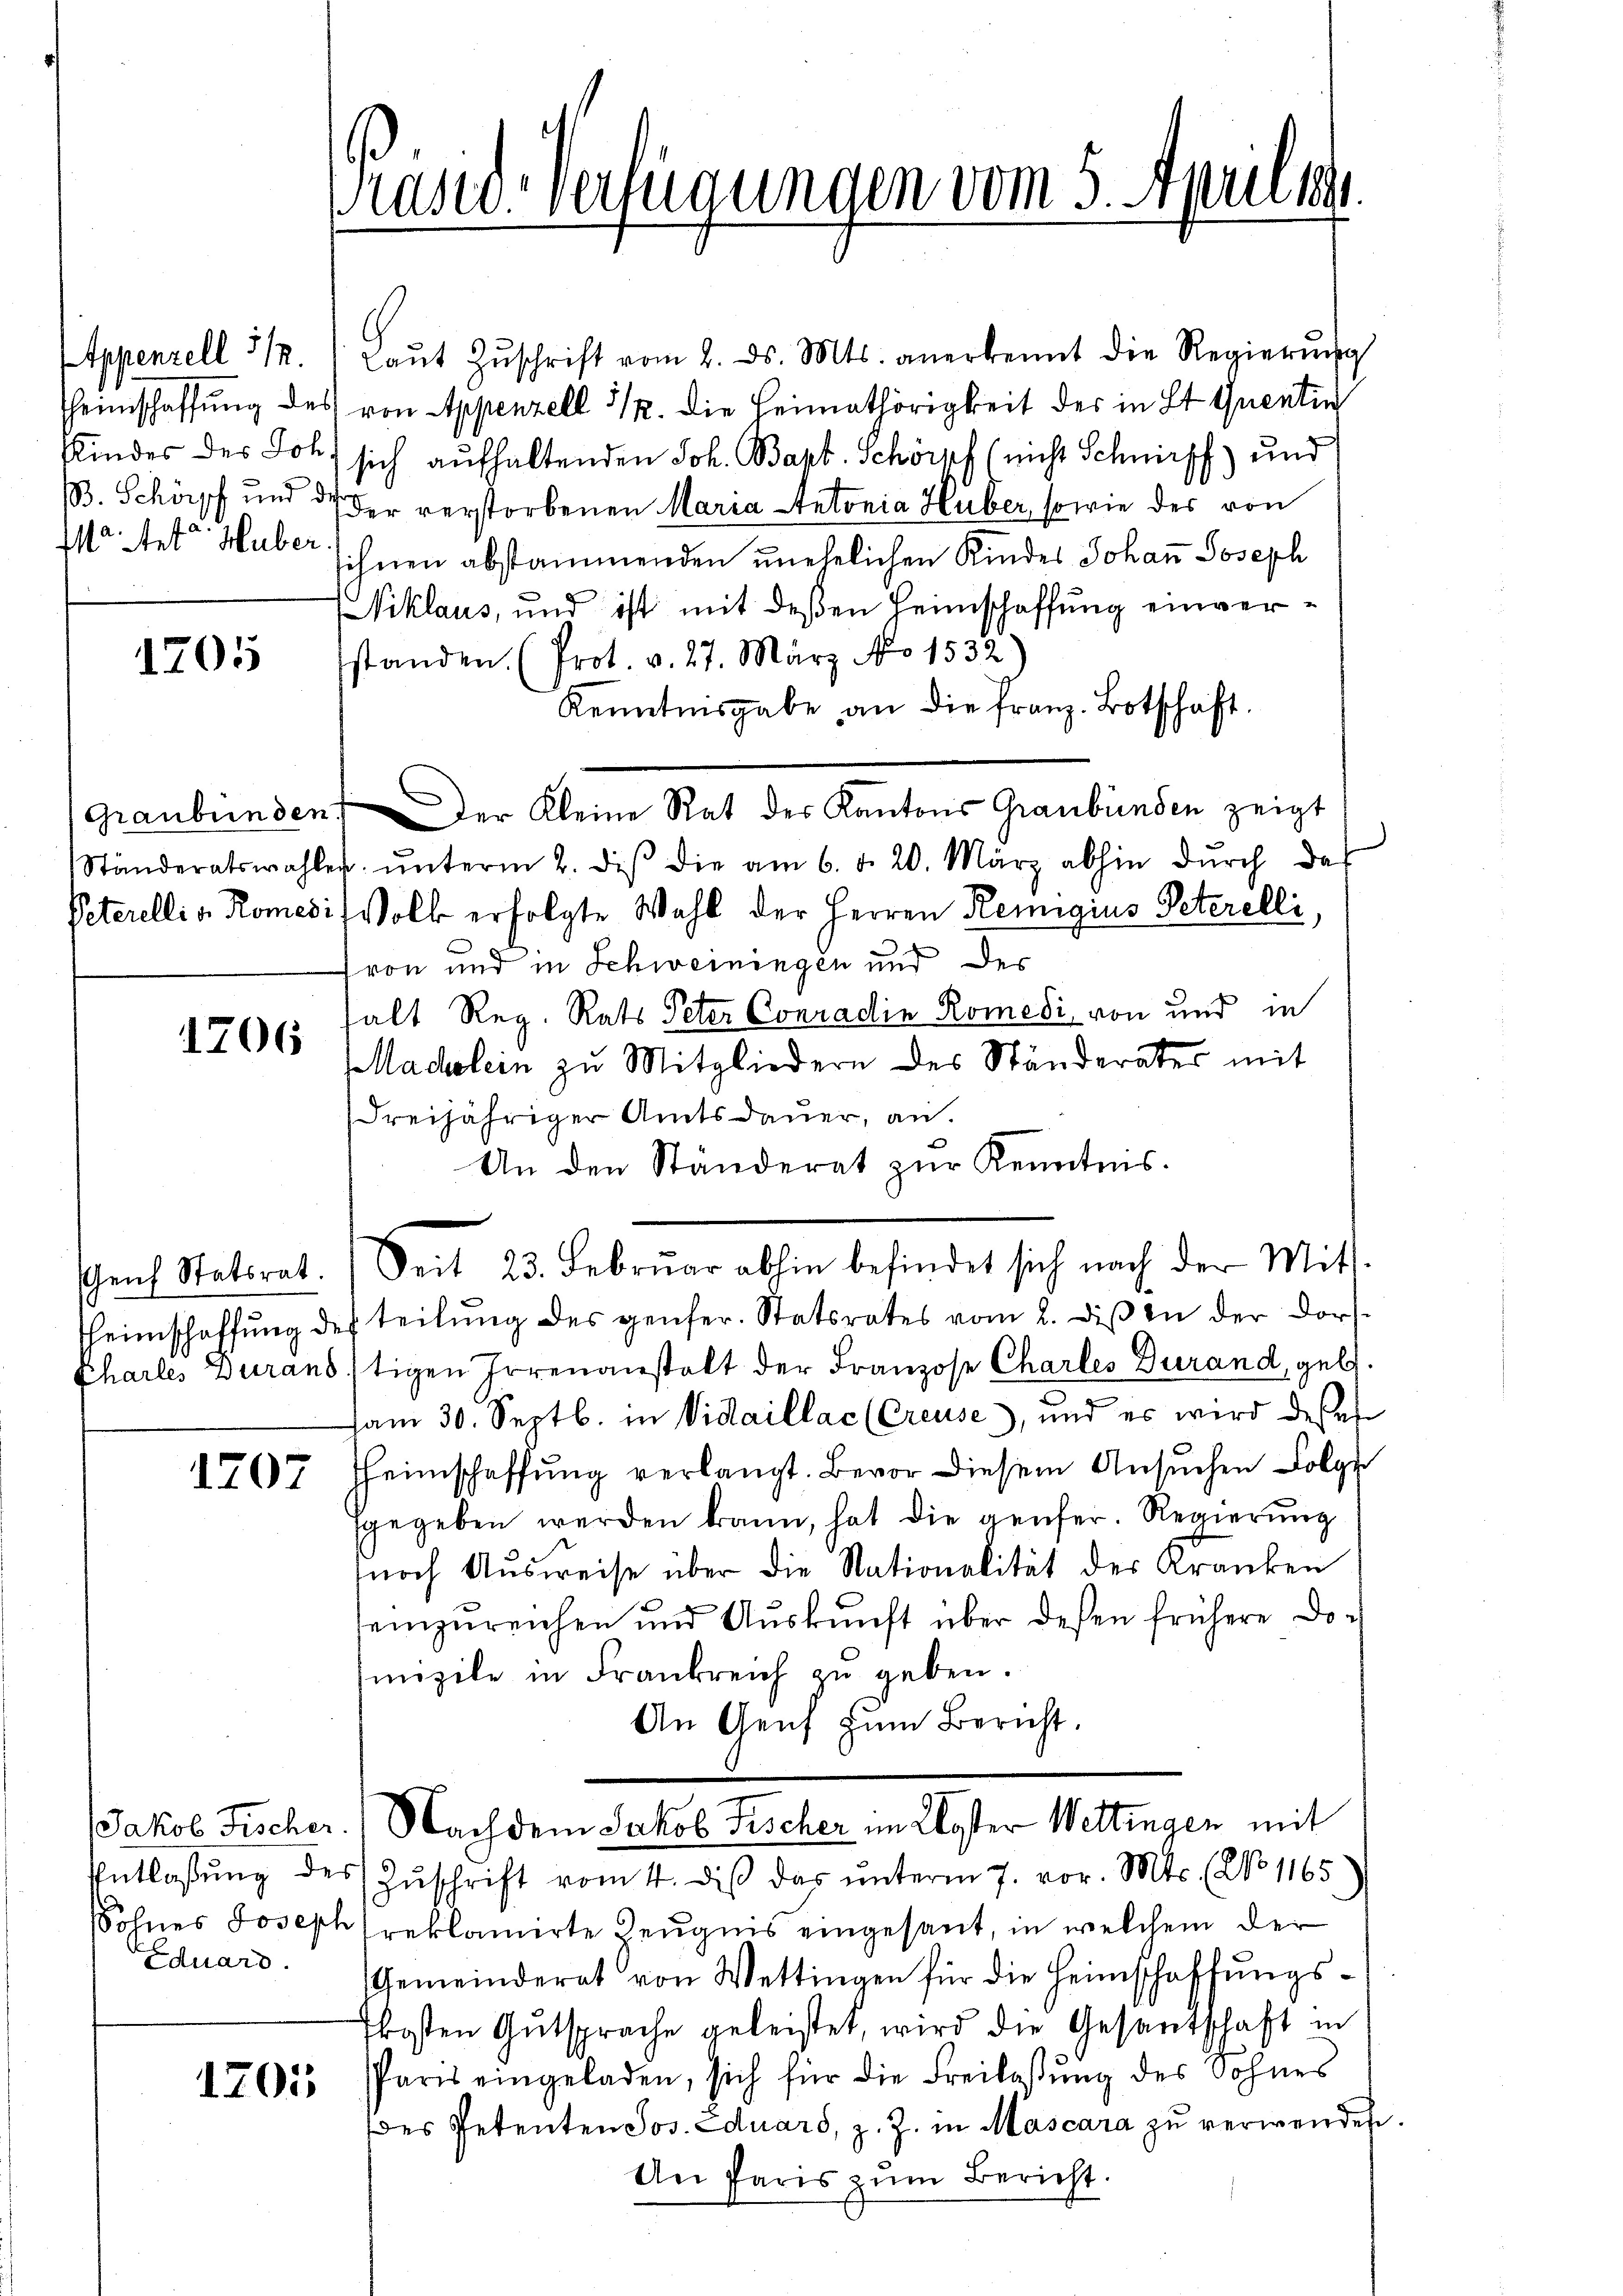
Appenzell 31.
Heimschaffung de
Kindes des Jos
BB. Schöpf und
Mo. Ant. Hube

1705

1706

1707

Eduard

Praser-Verfügungen vom 5. Apriligt

laŭt Zŭschrift vom 2. ds. Mts. anerkennt die Regierŭng
es von Appenzell 312. die Heimathörigkeit der in 2t Quentin
b) sich aufhaltenden Joh. Bapt. Schöpf (nicht Schnipf) und
d der verstorbenen Maria Antonia Huber, sowie des von
1
sihnen abstammenden unehelichen Kindes Johann Joseph
Niklaus, und ist mit deßen Heimschaffung einverstanden. (Prot. v. 27. März No 1532.)
Kenntnisgabe an die franz. Botschaft.
Graubünden. Der Kleine Rat des Kantons Graubünden zeigt
Ständeratswahler ŭnterm 2. des die am 6. d. 20. März abhin dŭrch da
Peterelli v. Romesi Volk erfolgte Wahl der Herren Remigius Peterelli
fron und in Schweiningen und des
halt Reg. Rats Peter Conradin Romedi von und in
adlein zu Mitgliedern des Ständerates mit
dreijähriger Amtsdauer, an.
An den Ständerat zŭr Kenntnis.
Genf Statsrat. Seit 23. Febrŭar abhin befindet sich nach der Mit-
heimschaffŭng des teilŭng des gener. Statsrates vom 2. diβ in der Dorf¬
Charles Zuranstigen Irrenanstalt der Franzose Charles Durand, geb.
am 30. Septb. in Vidaillac (Creuse, und es wird desses
Heimschaffung verlangt. Bevor diesem Ansuchen Folg
sgegeben werden kann, hat die gener. Regierŭng
noch Ausweise über die Nationalität der Kranken
einzureichen und Aŭskŭnft über deßen frühere Doc
mizile in Frankreich zu geben.
An Genf zum Bericht.
Jakob Fischer.) Nach dem Jakob Fischer im Koster Wettingen mit
Entlassŭng des Zŭschrift vom 4. diβ das ŭnterm 7. vor. Mts. (No 1165
Sohnes Joseph reklamirte Zeugnis eingesant, in welchem der
Gemeinderat von Wettingen für die Heimschaffungskosten Gutsprache geleistet, wird die Gesantschaft in
1701. Paris eingeladen, sich für die Freilassŭng des Sohnes
des Petenten Jos. Eduard, z. Z. in Mascara zu verwendete
An Paris zŭm Bericht.